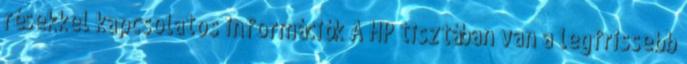
résekkel kapcsolatos információk A HP tisztában van a legfrissebb